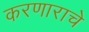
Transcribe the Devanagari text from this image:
करणाराचे